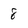
Character: 8